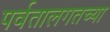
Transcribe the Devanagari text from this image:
पर्वतालगतच्या